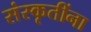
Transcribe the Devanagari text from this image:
संस्कृतींना